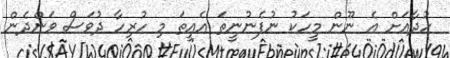
ހުދާއަށް އެ ނޫން މީހަކު ނުފެނުނީތަ އެއީތަ މި ހުރިހާ ދުވަސް ވަންދެން